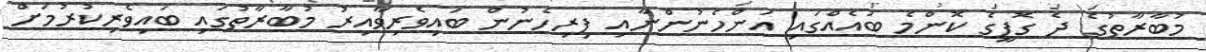
މުބާރާތުގެ ދެ ގޮފީގެ ކޮންމެ ބައެއްގައި އަންހެނުންނާއި ފިރިހެނުން ބައިވެރިވާއިރު މުބާރާތުގައި ބައިވެރިކުރުމަށް